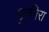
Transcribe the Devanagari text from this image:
पुरनिरा